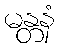
မန္တနံ